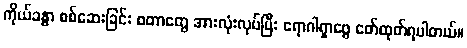
ကိုယ်ခန္ဓာ စစ်ဆေးခြင်း စတာတွေ အားလုံးလုပ်ပြီး ရောဂါရှာဖွေ ဖော်ထုတ်ရပါတယ်။